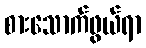
စားသောက်ဖွယ်ရာ